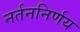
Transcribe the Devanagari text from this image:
नर्तननिर्णय